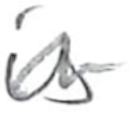
Text: is
Cross-out: wave
Writing tool: pencil